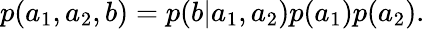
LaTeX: \begin{array}{r}{p(a_{1},a_{2},b)=p(b|a_{1},a_{2})p(a_{1})p(a_{2}).}\end{array}